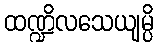
ထဏ္ဍိလသေယျမ္ပိ